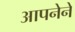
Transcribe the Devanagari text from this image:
आपनेने